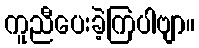
ကူညီပေးခဲ့ကြပါဗျာ။